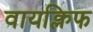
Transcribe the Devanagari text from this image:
वायक्लिफ